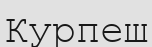
Курпеш